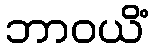
ဘာဝယိံ